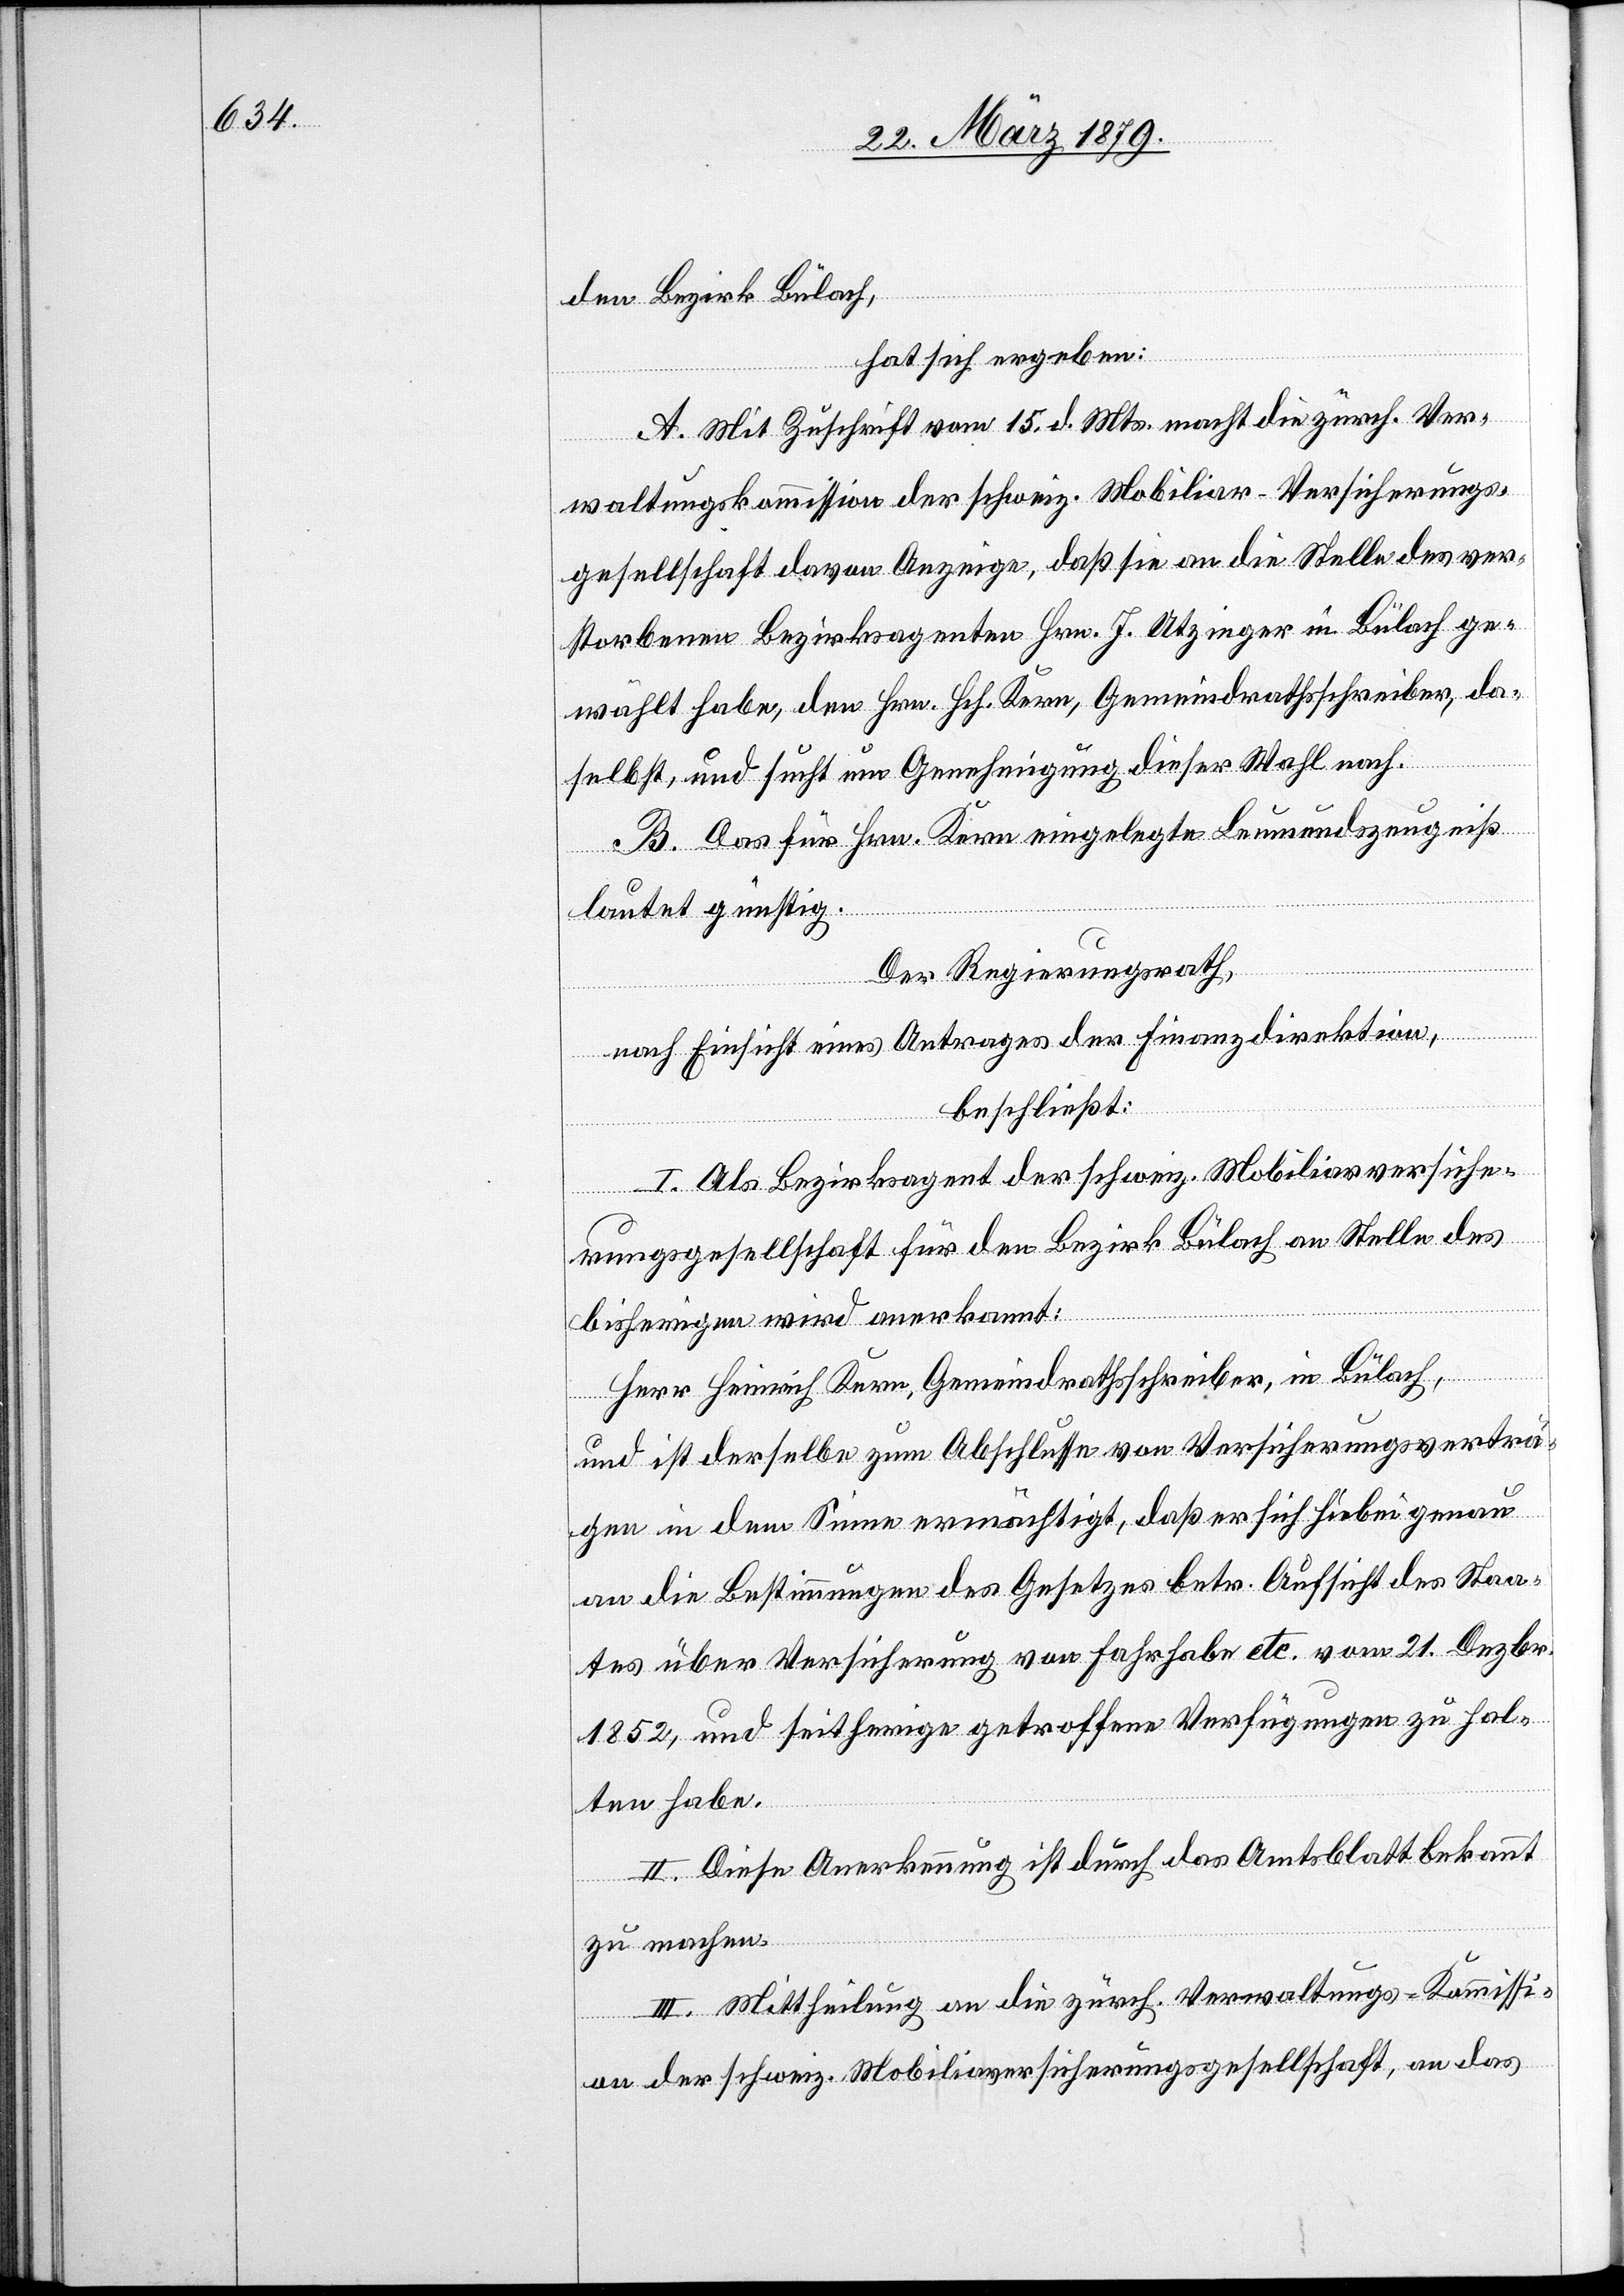
den Bezirk Bülach,
hat sich ergeben:
A. Mit Zuschrift vom 15. d. Mts. macht die zürch. Ver¬
waltungskommision der schweiz. Mobiliar-Versicherungs¬
gesellschaft davon Anzeige, daß sie an die Stelle des ver¬
storbenen Bezirksagenten Hrn. J. Utzinger in Bülach ge¬
wählt habe, den Hrn. Hch. Kern, Gemeindrathsschreiber, da¬
selbst, und sucht um Genehmigung dieser Wahl nach.
B. Das für Hrn. Kern eingelegte Leumundszeugniß
lautet günstig.
Der Regierungsrath,
nach Einsicht eines Antrages der Finanzdirektion,
beschließt:
I. Als Bezirksagent der schweiz. Mobiliarversiche¬
rungsgesellschaft für den Bezirk Bülach an Stelle des
bisherigen wird anerkannt:
Herr Heinrich Kern, Gemeindrathsschreiber, in Bülach,
und ist derselbe zum Abschlusse von Versicherungsverträ¬
gen in dem Sinne ermächtigt, daß er sich hiebei genau
an die Bestimmungen des Gesetzes betr. Aufsicht des Staa¬
tes über Versicherung von Fahrhabe etc. vom 21. Dezbr.
1852, und seitherige getroffene Verfügungen zu hal¬
ten habe.
II. Diese Anerkennung ist durch das Amtsblatt bekannt
zu machen.
III. Mittheilung an die zürch. Verwaltungs-Kommissi¬
on der schweiz. Mobiliarversicherungsgesellschaft, an das